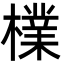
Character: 檏